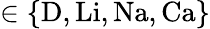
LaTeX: \in\{ \mathrm{D,Li,Na,Ca}\}